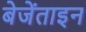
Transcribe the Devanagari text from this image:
बेजेंताइन